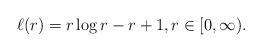
\begin{align*}\ell (r)=r\log r-r+1,r\in \lbrack 0,\infty ). \end{align*}